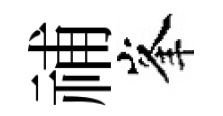
𥙷峯